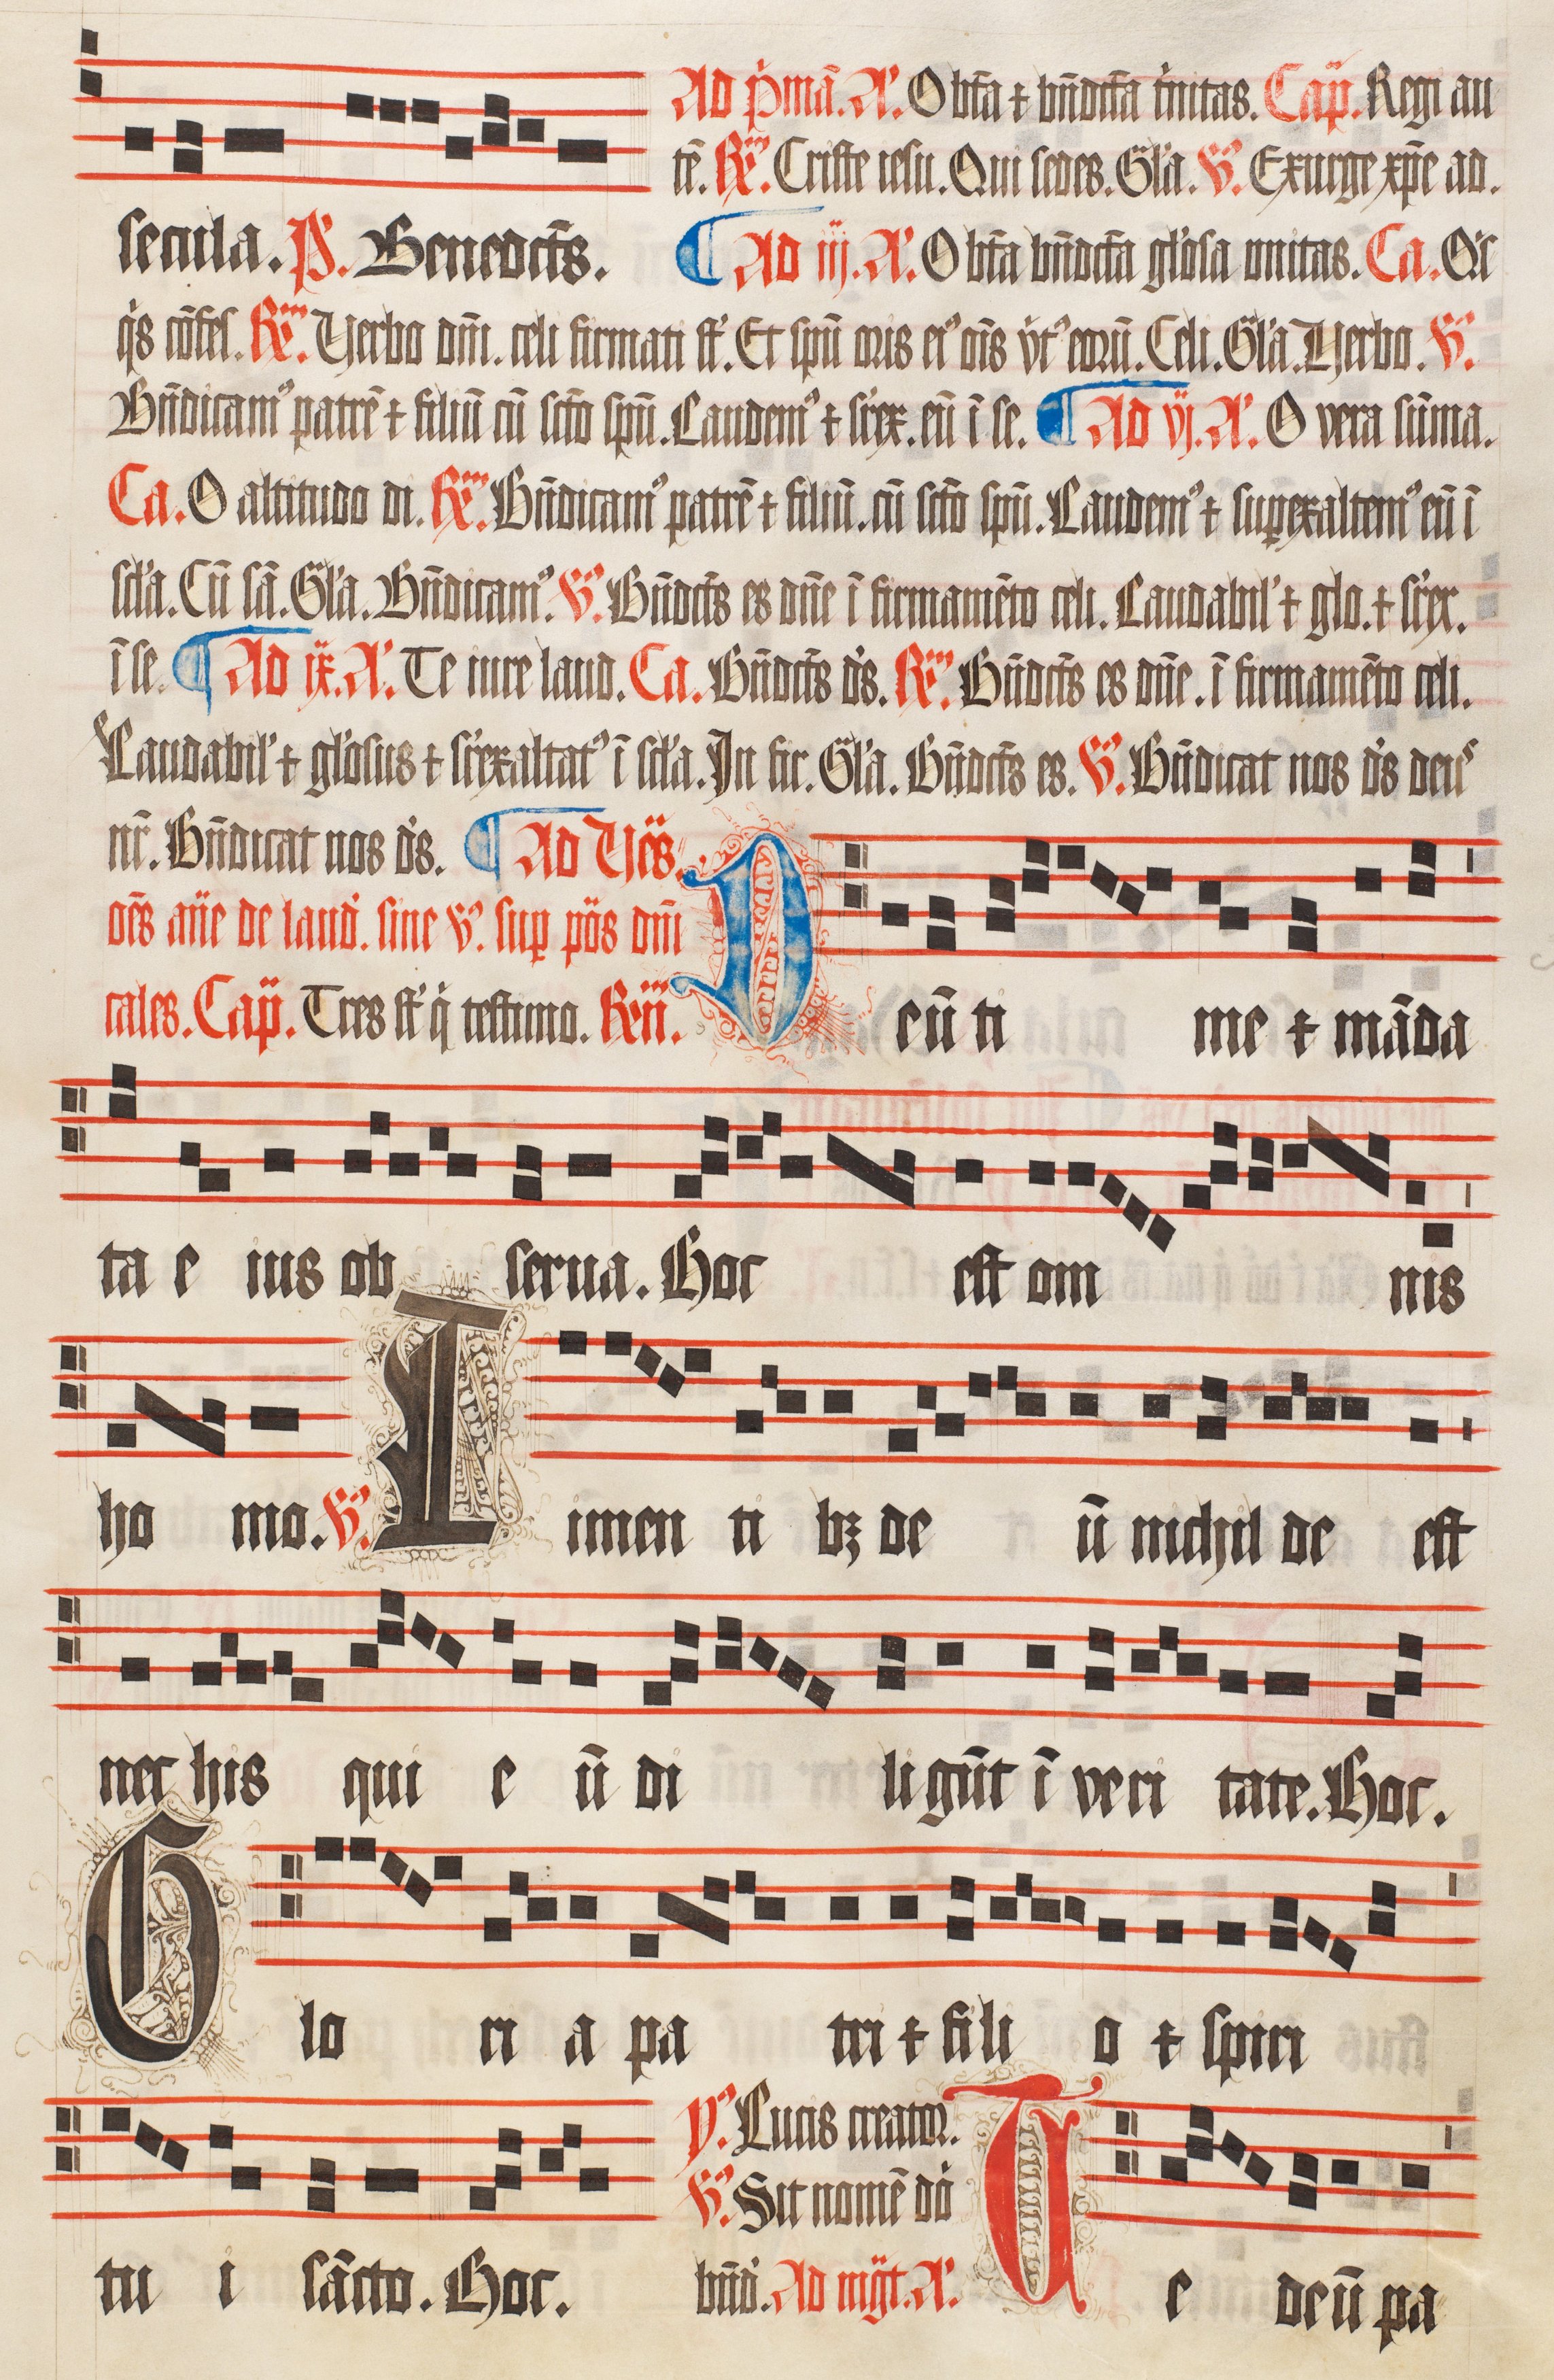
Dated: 1509–1517